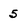
Character: 5